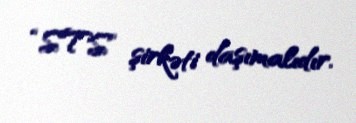
“STS” şirkəti daşımalıdır.